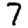
Digit: 7